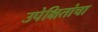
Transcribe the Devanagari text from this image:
उपेक्षितांचा